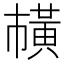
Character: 𫜘